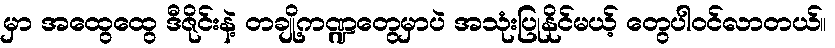
မှာ အထွေထွေ ဒီဇိုင်းနဲ့ တချို့ကဏ္ဍတွေမှာပဲ အသုံးပြုနိုင်မယ့် တွေပါဝင်လာတယ်။